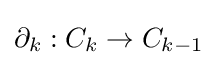
\partial _{k}:C_{k}\rightarrow C_{k-1}